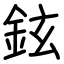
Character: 鉉